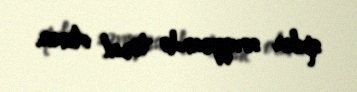
spiker səviyyəsində təmsil olunur.